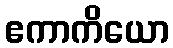
ဧကာကိယော